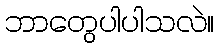
ဘာတွေပါပါသလဲ။